Leningradi_Edasi_toimetus, lk 15
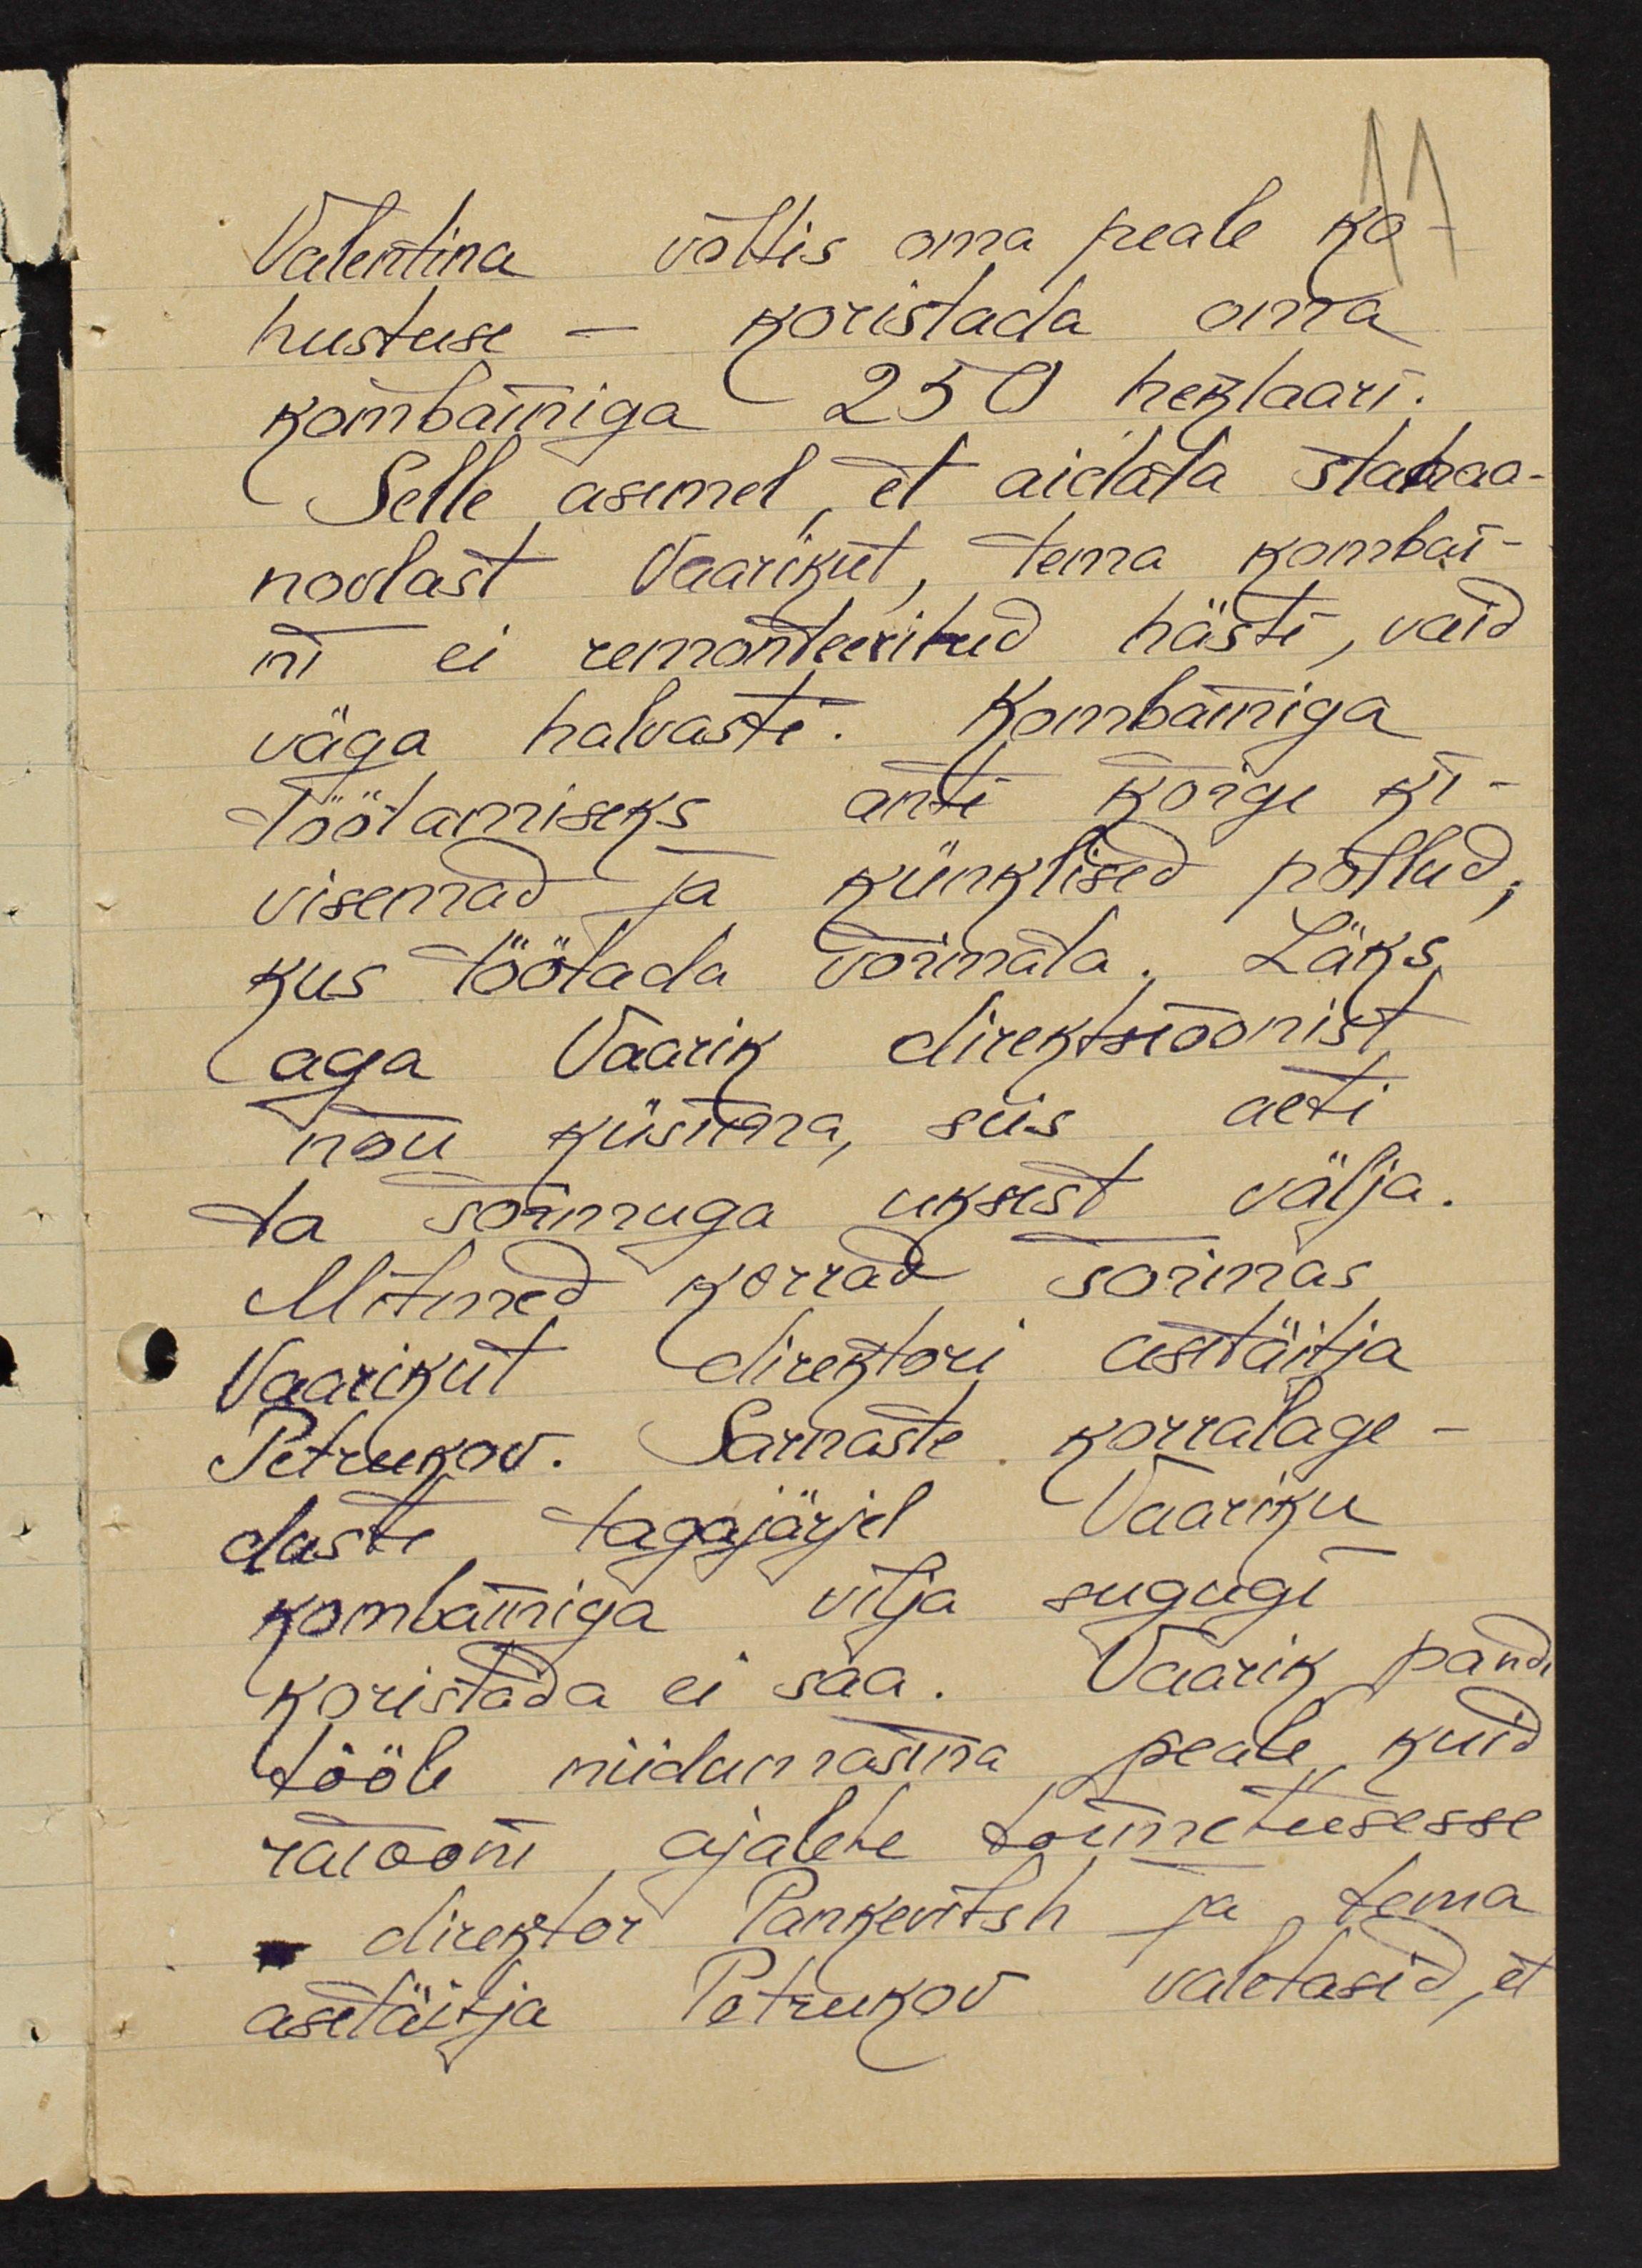
Valentina võttis oma peale ko-
hustuse – koristada oma
kombainiga 250 hektaari.
Selle asemel, et aidata stahaa-
novlast Vaarikut, tema kombai-
ni ei remonteeritud hästi, vaid
väga halvasti. Kombainiga
Töötamiseks anti kõige ki-
visemad ja künklised põllud,
kus töötada võimata. Läks
aga Vaarik direktsioonist
nõu küsima, siis aeti
ta sõimuga uksest välja.
Mitmed korrad sõimas
Vaarikut direktori asetäitja
Petrukov. Sarnaste korralage-
duste tagajärjel Vaariku
kombainiga vilja sugugi
koristada ei saa. Vaarik pandi
tööle niidumasina peale, kuid
raiooni ajalehe toimetusesse
direktor Pankevitsch ja tema
asetäitja Petrukov valetasid, et